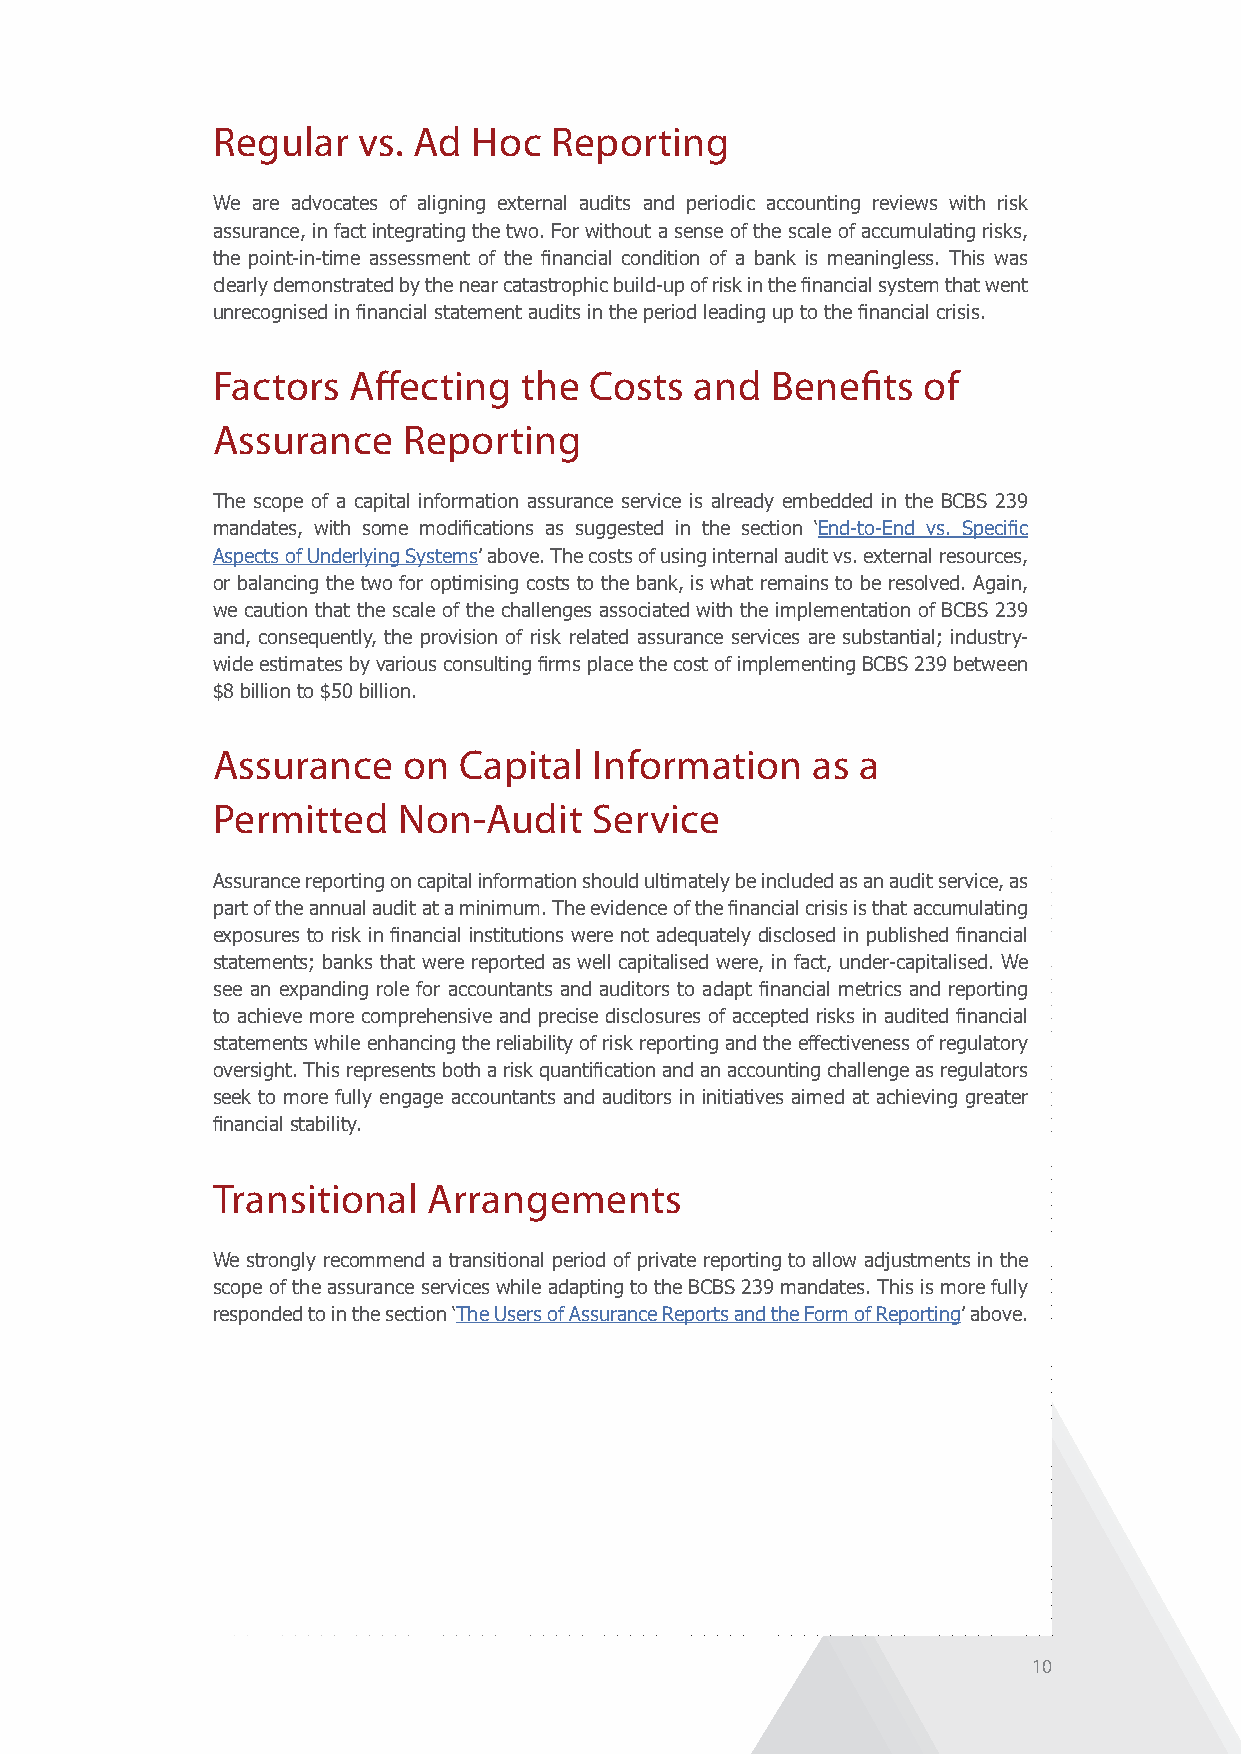
Regular   vs. Ad Hoc  Reporting
 We are advocates of aligning external audits and periodic accounting reviews with risk
 assurance, in fact integrating the two. For without a sense of the scale of accumulating risks,
 the point-in-time assessment of the financial condition of a bank is meaningless. This was
 clearly demonstrated by the near catastrophic build-up of risk in the financial system that went
 unrecognised in financial statement audits in the period leading up to the financial crisis.
 Factors  Affecting  the  Costs  and  Benefits  of
 Assurance    Reporting
 The scope of a capital information assurance service is already embedded in the BCBS 239
 mandates, with some modifications as suggested in the section ‘End-to-End vs. Specific
 Aspects of Underlying Systems’ above. The costs of using internal audit vs. external resources,
 or balancing the two for optimising costs to the bank, is what remains to be resolved. Again,
 we caution that the scale of the challenges associated with the implementation of BCBS 239
 and, consequently, the provision of risk related assurance services are substantial; industry-
 wide estimates by various consulting firms place the cost of implementing BCBS 239 between
 $8 billion to $50 billion.
 Assurance    on Capital  Information    as a
 Permitted   Non-Audit    Service
 Assurance reporting on capital information should ultimately be included as an audit service, as
 part of the annual audit at a minimum. The evidence of the financial crisis is that accumulating
 exposures to risk in financial institutions were not adequately disclosed in published financial
 statements; banks that were reported as well capitalised were, in fact, under-capitalised. We
 see an expanding role for accountants and auditors to adapt financial metrics and reporting
 to achieve more comprehensive and precise disclosures of accepted risks in audited financial
 statements while enhancing the reliability of risk reporting and the effectiveness of regulatory
 oversight. This represents both a risk quantification and an accounting challenge as regulators
 seek to more fully engage accountants and auditors in initiatives aimed at achieving greater
 financial stability.
 Transitional  Arrangements
 We strongly recommend a transitional period of private reporting to allow adjustments in the
 scope of the assurance services while adapting to the BCBS 239 mandates. This is more fully
 responded to in the section ‘The Users of Assurance Reports and the Form of Reporting’ above.
 10